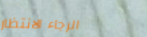
الرجاء الانتظار